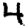
Digit: 4